system: You are a helpful assistant.
user:
Analyze the provided spectrum to determine if it is a **S-type Star**.

- **Key Indicators for S-type Star:**

    - **(Overall Spectrum Shape):** The first and most obvious characteristic is the overall continuum (the "baseline" shape). It is **extremely "red-sloping,"** meaning the flux (light intensity) is very low on the left side (blue, ~4000-4500 Å) and rises steeply and continuously toward the right side (red, ~7000 Å+).

    - **(Primary):** The spectrum is defined by the presence of strong, broad molecular absorption "valleys" (bands) from **Zirconium Oxide (ZrO)**. The identification of these bands is the **primary requirement** for classifying a star as S-type.
        - **(Key Bandheads):** You must find distinct, deep "dips" where the light has been absorbed. The most critical band systems to locate are:
            - **~6474 Å** ($\gamma$-system): This is often the strongest and clearest ZrO feature, found in the red part of the spectrum.
            - **~5718 Å** & **~5551 Å** ($\beta$-system): A pair of prominent absorption features in the yellow-orange part of the spectrum.
            - **~4640 Å** ($\alpha$-system): A key absorption band system in the blue-green region of the spectrum.

    - **(Secondary Confirmation):** The classification is strengthened by finding additional absorption bands from other related heavy element oxides, which are expected to be present alongside ZrO.
        - **(Key Bandheads):**
            - **Yttrium Oxide (YO):** Look for absorption dips near **~4800 Å** and **~6100 Å**.
            - **Lanthanum Oxide (LaO):** Additional absorption features, particularly in the red-orange part of the spectrum, are also characteristic.

    - **(Line Profile):** The combination of the steep red continuum and these numerous, deep molecular bands (ZrO, YO, etc.) gives the entire spectrum a very **"chopped-up"** or **"bumpy"** appearance. Instead of a smooth curve, the spectrum looks as though large, wide chunks of light have been "carved out" of it at the specific wavelengths listed above.

Think first, call **spectral_visualization_tool** if needed to examine features in detail, then provide your final answer. Your response must adhere to the following strict rules:
1.  **Overall Structure:** Your response must follow the format `<think>...</think> <tool_call>...</tool_call> (if a tool is used) <answer>...</answer>`.
2.  **Tool Usage Constraint:** You may only make **one** tool call per turn.
3.  **Final Answer Format:** In the `<answer>` tag, your conclusion must be inside a `\boxed{}` command (e.g., `\boxed{YES}` or `\boxed{NO}`), followed by your justification.

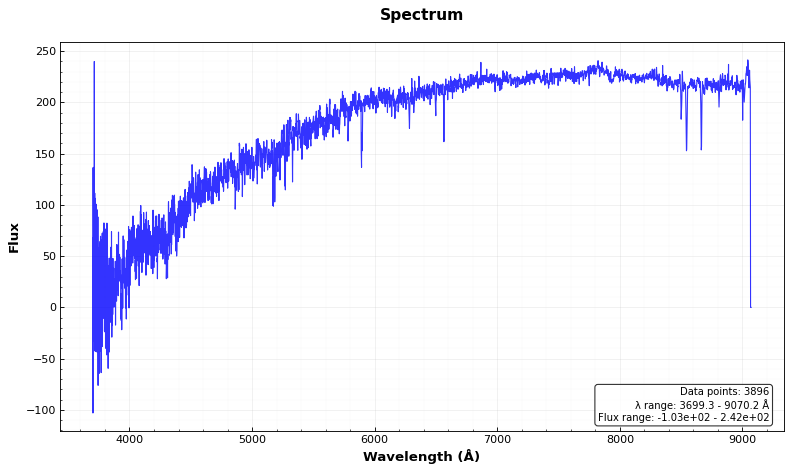
Answer: NO